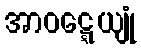
အာဝဋ္ဋေယျုံ